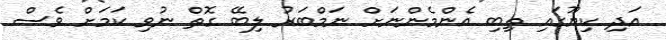
އަދި ކިޔޫގައި ތިބި އެންމެންނަށް ނަމްބަރު ލިބޭ ގޮތް ނުވި ކަމަށް ވެސް